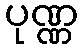
ပုဏ္ဏ